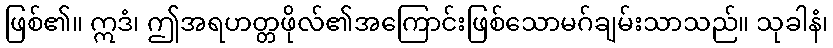
ဖြစ်၏။ ဣဒံ၊ ဤအရဟတ္တဖိုလ်၏အကြောင်းဖြစ်သောမဂ်ချမ်းသာသည်။ သုခါနံ၊